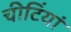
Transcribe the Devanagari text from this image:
चीटिंयां